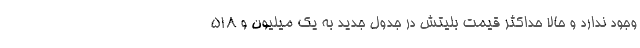
وجود ندارد و حالا حداکثر قیمت بلیتش در جدول جدید به یک میلیون و ۵۱۸